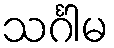
သင်္ဂါမ